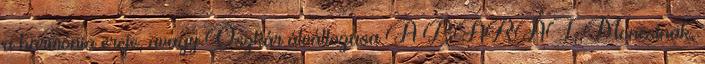
a harmónia ereje, avagy Oszkár átváltozása A BARÁT. Moncsinak,